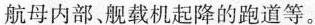
航母内部、舰载机起降的跑道等。